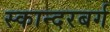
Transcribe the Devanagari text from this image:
स्कान्दरबर्ग